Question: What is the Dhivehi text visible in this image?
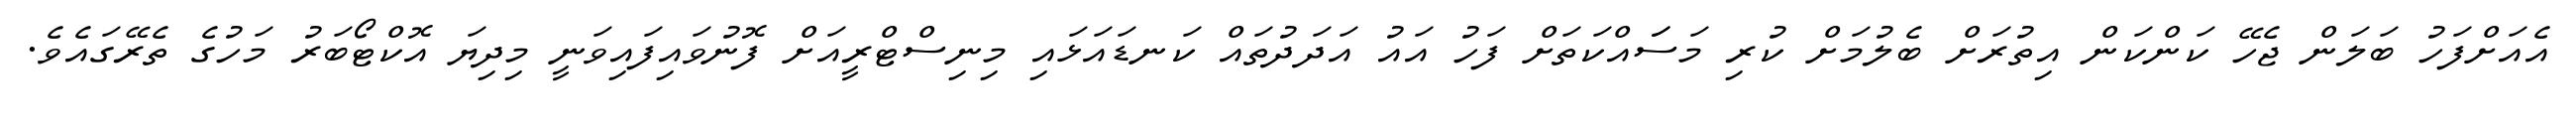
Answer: އެއަށްފަހު ބަލަން ޖެހޭ ކަންކަން އިތުރަށް ބެލުމަށް ކުރި މަސަައްކަތަށް ފަހު އައު އަދަދުތައް ކަނޑައަޅައި މިނިސްޓްރީއަށް ފޮނުވައިފައިވަނީ މިދިޔަ އޮކްޓޯބަރު މަހުގެ ތެރޭގައެވެ.